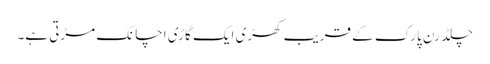
چلڈرن پارک کے قریب کھڑی ایک گاڑی اچانک مڑتی ہے۔